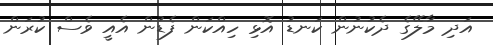
އަދި މާލޭގެ ދެކުނުން ކަނޑު އޮޅި ހިއްކަން ފެޑުން އެއީ ވެސް ކުރަން